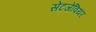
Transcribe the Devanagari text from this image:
सेंटजेवियर